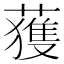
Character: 𫉬